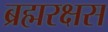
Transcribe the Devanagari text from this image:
ब्रह्मरक्षस